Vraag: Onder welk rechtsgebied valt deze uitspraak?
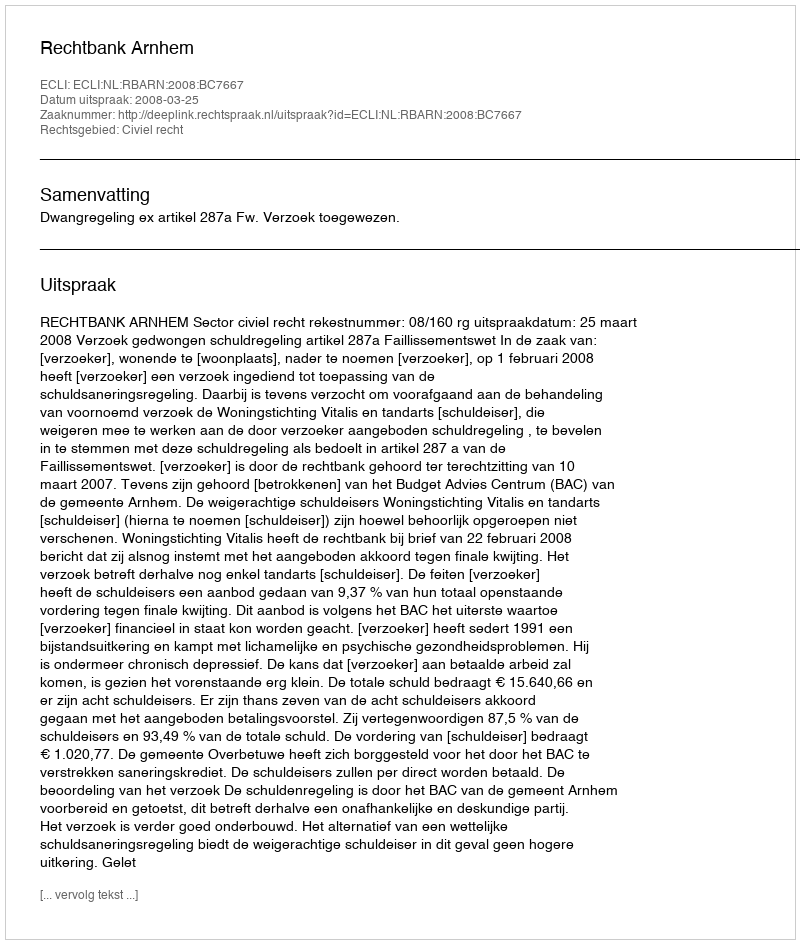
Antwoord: Civiel recht